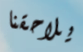
يلاحقنا